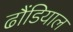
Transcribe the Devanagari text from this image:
ढौंडियाल